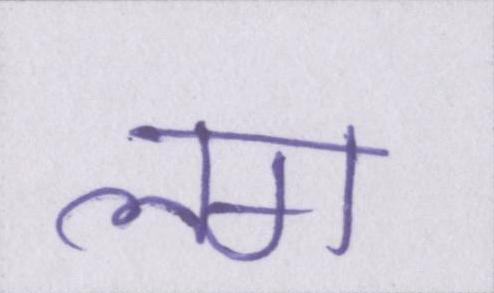
लग